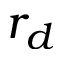
r _ { d }